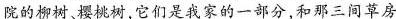
院的柳树、桃树，它们是我家的一部分，和那三间草房